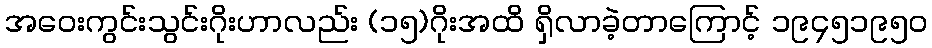
အဝေးကွင်းသွင်းဂိုးဟာလည်း (၁၅)ဂိုးအထိ ရှိလာခဲ့တာကြောင့် ၁၉၄၅၁၉၅၀